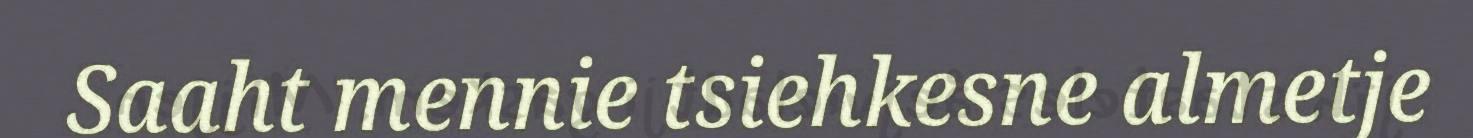
Saaht mennie tsiehkesne almetje